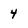
Character: 4